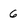
Character: 6